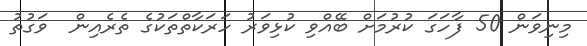
މިނިވަން 50 ފާހަގަ ކުރުމަށް ބޭއްވި ކުޅިވަރު ހަރަކާތްތަކުގެ ތެރެއިން  ވަގުތު